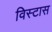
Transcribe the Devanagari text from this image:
विस्टास